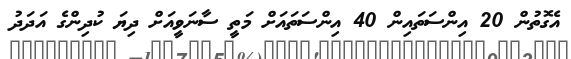
އެގޮތުން 20 އިންސަތައިން 40 އިންސަތައަށް މަތީ ސާނަވީއަށް ދިޔަ ކުދިންގެ އަދަދު